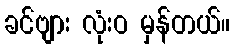
ခင်ဗျား လုံးဝ မှန်တယ်။